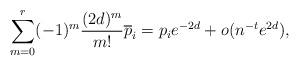
LaTeX: \begin{align*}\sum_{m=0}^{r}(-1)^m\frac{(2d)^m}{m!}\overline{p}_i=p_i e^{-2d}+o(n^{-t}e^{2d}),\end{align*}